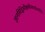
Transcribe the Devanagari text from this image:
ज्ञानसिद्धिर्मोक्षश्रीव्यार्घ्रचर्मणि